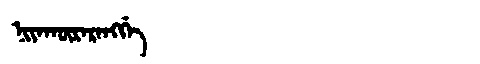
Manchu: ᠨᡳᠶᠠᡴᡡᡵᠠᡵᠠᠩᡤᡝ
Romanization: NIYAKŪRARANGGE